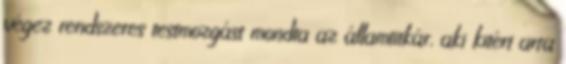
végez rendszeres testmozgást mondta az államtitkár, aki kitért arra